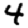
Digit: 4